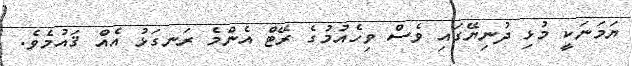
ޔަމަނަކީ މުޅި ދުނިޔޭގައި ވެސް ވިހެއުމުގެ ރޭޓް އެންމެ ރަނގަޅު އެއް ޤައުމެވެ.